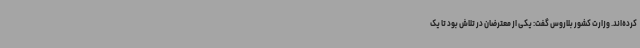
کرده‌اند. وزارت کشور بلاروس گفت: یکی از معترضان در تلاش بود تا یک